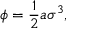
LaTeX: \phi = \frac { 1 } { 2 } a \sigma ^ { 3 } ,